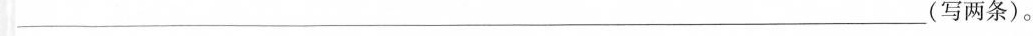
___(写两条)。